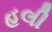
હલી